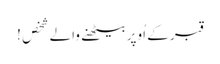
قبر کے اُوپربیٹھنے والے شخص !